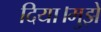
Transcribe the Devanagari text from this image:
दिया।मुझे